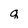
Character: q